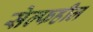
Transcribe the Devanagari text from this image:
सेल्फहील